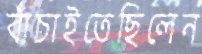
বাঁচাইতেছিলেন